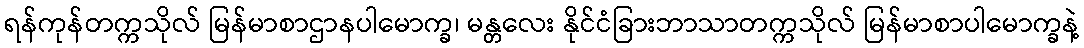
ရန်ကုန်တက္ကသိုလ် မြန်မာစာဌာနပါမောက္ခ၊ မန္တလေး နိုင်ငံခြားဘာသာတက္ကသိုလ် မြန်မာစာပါမောက္ခနဲ့